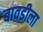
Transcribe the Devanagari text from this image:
बावडीला